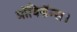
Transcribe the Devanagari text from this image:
प्रॉविडॅन्स।